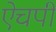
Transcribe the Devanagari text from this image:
ऐचपी